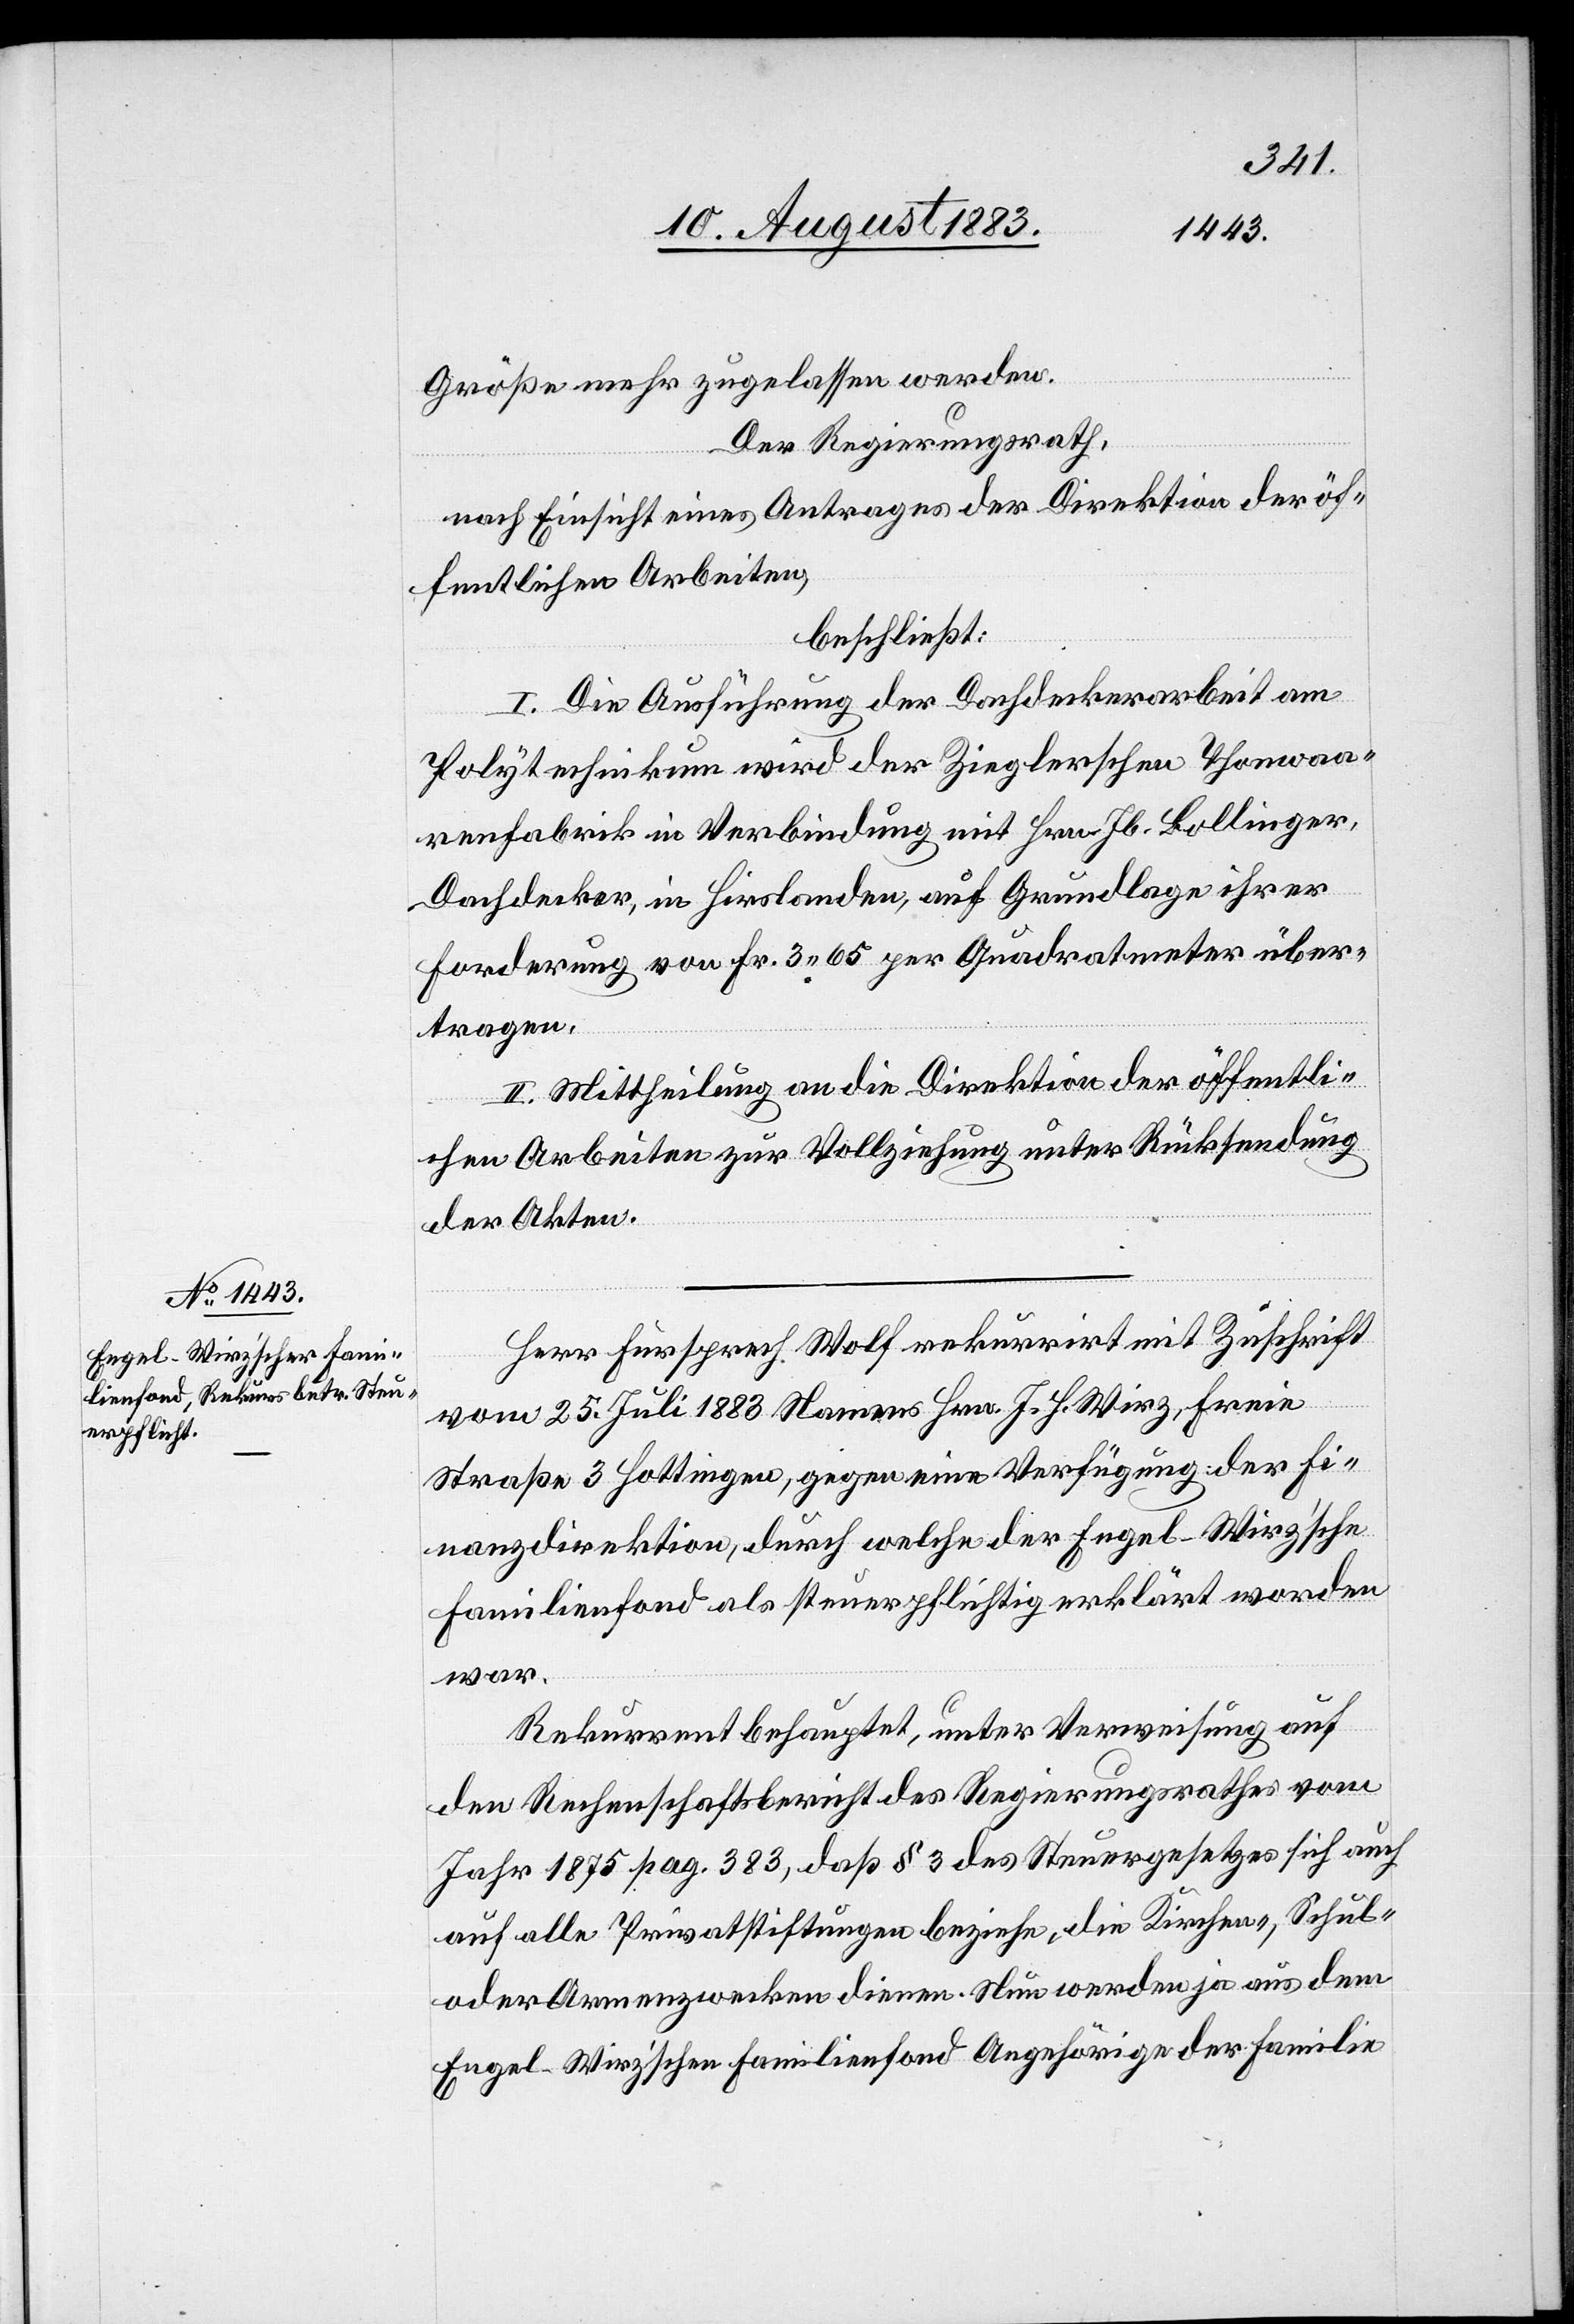
Größe mehr zugelassen werden.
Der Regierungsrath,
nach Einsicht eines Antrages der Direktion der öf¬
fentlichen Arbeiten,
beschließt:
I. Die Ausführung der Dachdeckerarbeit am
Polytechnikum wird der Zieglerschen Thonwaa¬
renfabrik in Verbindung mit Hrn. Jb. Bollinger,
Dachdecker, in Hirslanden, auf Grundlage ihrer
Forderung von Fr. 3 65 per Quadratmeter über¬
tragen.
II. Mittheilung an die Direktion der öffentli¬
chen Arbeiten zur Vollziehung unter Rücksendung
der Akten.
Herr Fürsprech Wolf rekurrirt mit Zuschrift
vom 25. Juli 1883 Namens Hrn. J. H. Wirz, Freie
Straße 3 Hottingen, gegen eine Verfügung der Fi¬
nanzdirektion, durch welche der Engel-Wirz’sche
Familienfond als steuerpflichtig erklärt worden
war.
Rekurrent behauptet, unter Verweisung auf
den Rechenschaftsbericht des Regierungsrathes vom
Jahr 1875 pag. 383, daß § 3 des Steuergesetzes sich auch
auf alle Privatstiftungen beziehe, die Kirchen-, Schul-
oder Armenzwecken dienen. Nun werden ja aus dem
Engel-Wirz’schen Familienfond Angehörige der Familie